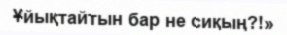
Ұйықтайтын бар не сиқың?!»